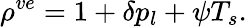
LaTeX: \rho^{ve}=1+\delta p_{l}+\psi T_{s}.